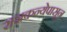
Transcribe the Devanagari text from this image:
राजकन्येपासून